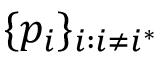
\{ p _ { i } \} _ { i : i \neq i ^ { * } }